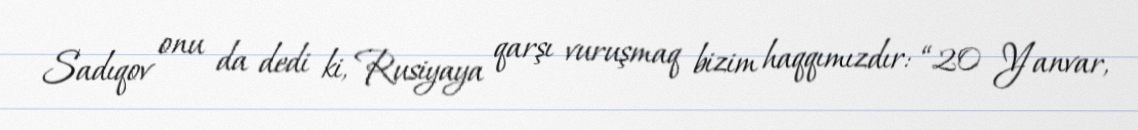
Sadıqov onu da dedi ki, Rusiyaya qarşı vuruşmaq bizim haqqımızdır: “20 Yanvar,